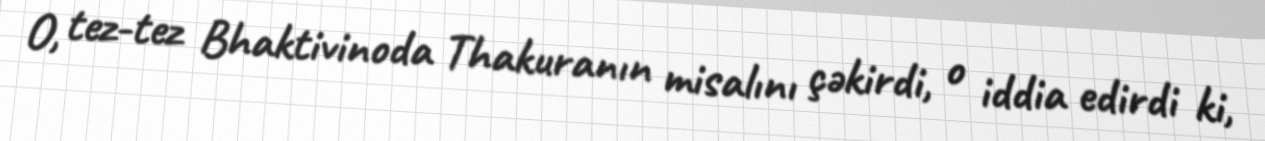
O, tez-tez Bhaktivinoda Thakuranın misalını çəkirdi, o iddia edirdi ki,